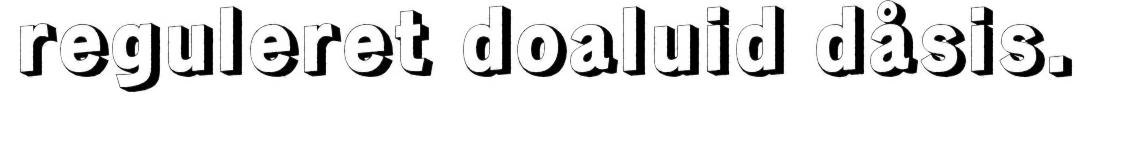
reguleret doaluid dåsis.